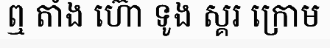
ឮ តាំង ហ៊ោ ទូង ស្គរ ក្រោម